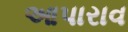
આપારાવ